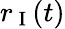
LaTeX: r_{\mathrm{~I~}}(t)